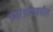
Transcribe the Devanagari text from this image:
इंग्लंडच्यामधील